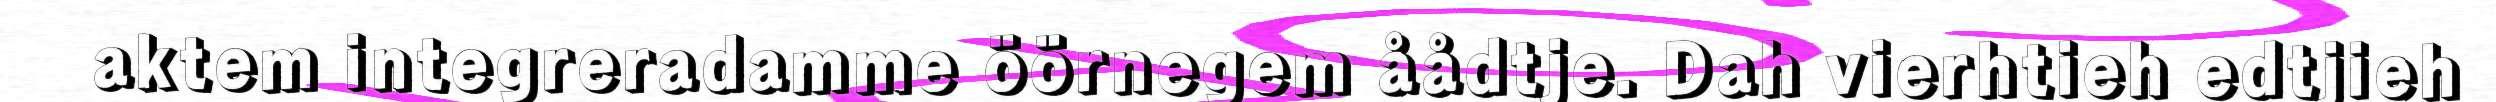
aktem integreradamme öörnegem åådtje. Dah vierhtieh edtjieh